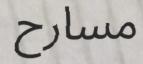
مسارح